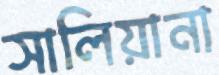
সালিয়ানা